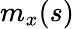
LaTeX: m_{x}(s)